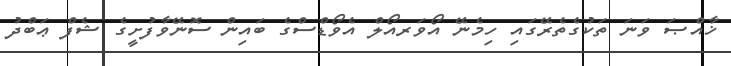
ޚާއްޞަ ވަނަ ތަކުގެތެރޭގައި ހިމެނޭ އޯވަރއޯލް އެވޯޑްސްގެ ބައިން ސޮނޭވާފުށީގެ ޝެފް ޢަބްދު